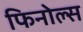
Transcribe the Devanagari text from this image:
फिनोल्स